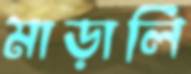
মাড়ালি